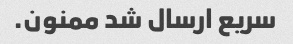
سریع ارسال شد ممنون.